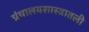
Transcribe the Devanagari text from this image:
ग्रंथालयशास्त्रातली